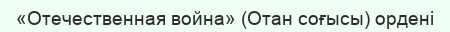
«Отечественная война» (Отан соғысы) ордені